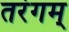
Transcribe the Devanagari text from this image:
तरंगम्